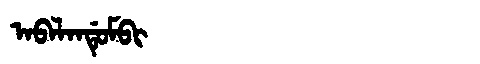
Manchu: ᠠᠪᠠᠯᠠᠨᡩᡠᠮᠪᡳ
Romanization: ABALANDUMBI